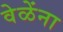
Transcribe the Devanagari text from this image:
वेळेंना